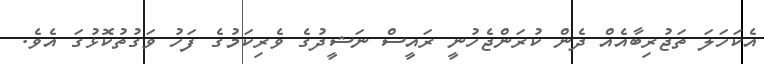
އެކަހަލަ ތަޖުރިބާއެއް ދެން ކުރަންޖެހުނީ ރައީސް ނަޝީދުގެ ވެރިކަމުގެ ފަހު ވަގުތުކޮޅުގަ އެވެ.